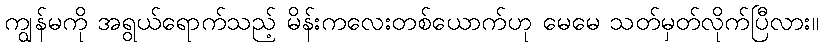
ကျွန်မကို အရွယ်ရောက်သည့် မိန်းကလေးတစ်ယောက်ဟု မေမေ သတ်မှတ်လိုက်ပြီလား။